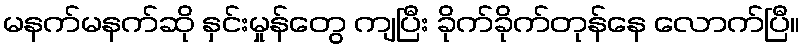
မနက်မနက်ဆို နှင်းမှုန်တွေ ကျပြီး ခိုက်ခိုက်တုန်နေ လောက်ပြီ။